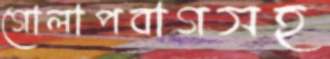
গোলাপবাগসহ